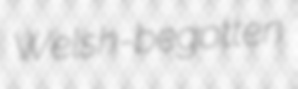
Welsh-begotten